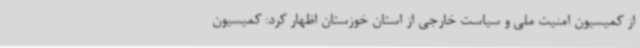
از کمیسیون امنیت ملی و سیاست خارجی از استان خوزستان اظهار کرد: کمیسیون